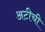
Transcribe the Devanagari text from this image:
अटीची